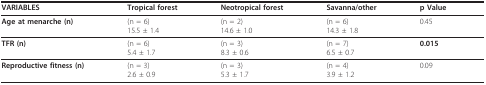
| VARIABLES | Tropical forest | Neotropical forest | Savanna/other | p Value |
 | --- | --- | --- | --- | --- |
 | Age at menarche (n) | (n = 6)15.5 ± 1.4 | (n = 2)14.6 ± 1.0 | (n = 6)14.3 ± 1.8 | 0.45 |
 | TFR (n) | (n = 6)5.4 ± 1.7 | (n = 3)8.3 ± 0.6 | (n = 7)6.5 ± 0.7 | 0.015 |
 | Reproductive fitness (n) | (n = 3)2.6 ± 0.9 | (n = 3)5.3 ± 1.7 | (n = 4)3.9 ± 1.2 | 0.09 |